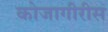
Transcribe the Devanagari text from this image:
कोजागीरीस